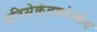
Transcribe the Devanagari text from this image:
प्रतिसेकंदकोनीय